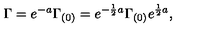
\Gamma = e ^ { - a } \Gamma _ { ( 0 ) } = e ^ { - { \frac { 1 } { 2 } } a } \Gamma _ { ( 0 ) } e ^ { { \frac { 1 } { 2 } } a } ,